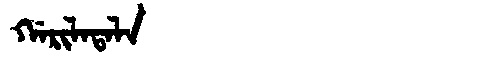
Manchu: ᡤᠠᡵᡳᠯᠠᡨᠠᠯᠠ
Romanization: GARILATALA